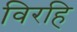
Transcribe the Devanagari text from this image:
विरहि